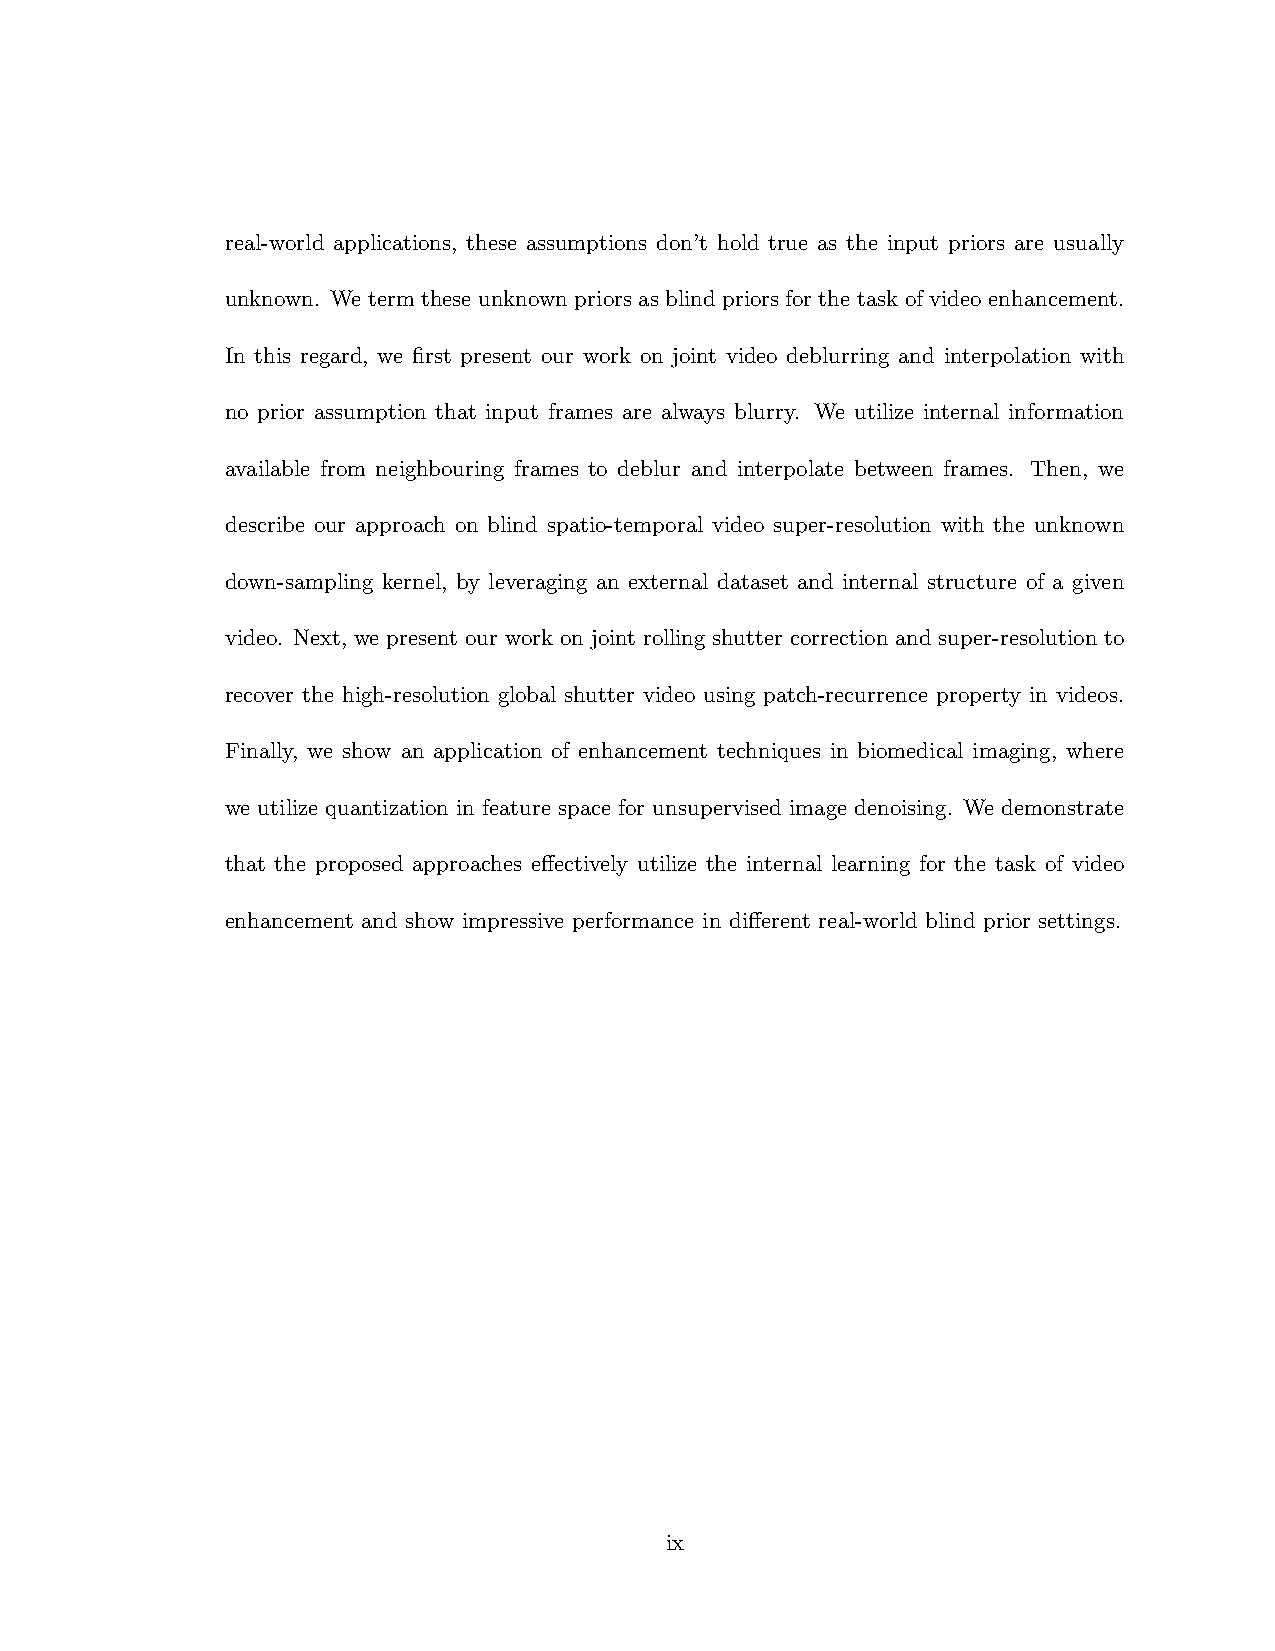
real-world applications, these assumptions don’t hold true as the input priors are usually
 unknown. We term these unknown priors as blind priors for the task of video enhancement.
 In this regard, we first present our work on joint video deblurring and interpolation with
 no prior assumption that input frames are always blurry. We utilize internal information
 available from neighbouring frames to deblur and interpolate between frames. Then, we
 describe our approach on blind spatio-temporal video super-resolution with the unknown
 down-sampling kernel, by leveraging an external dataset and internal structure of a given
 video. Next, we present our work on joint rolling shutter correction and super-resolution to
 recover the high-resolution global shutter video using patch-recurrence property in videos.
 Finally, we show an application of enhancement techniques in biomedical imaging, where
 we utilize quantization in feature space for unsupervised image denoising. We demonstrate
 that the proposed approaches effectively utilize the internal learning for the task of video
 enhancement and show impressive performance in different real-world blind prior settings.
 ix